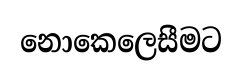
නොකෙලෙසීමට